Indian journal of veterinary science and animal husbandry - Volume 7,
Year: 1937
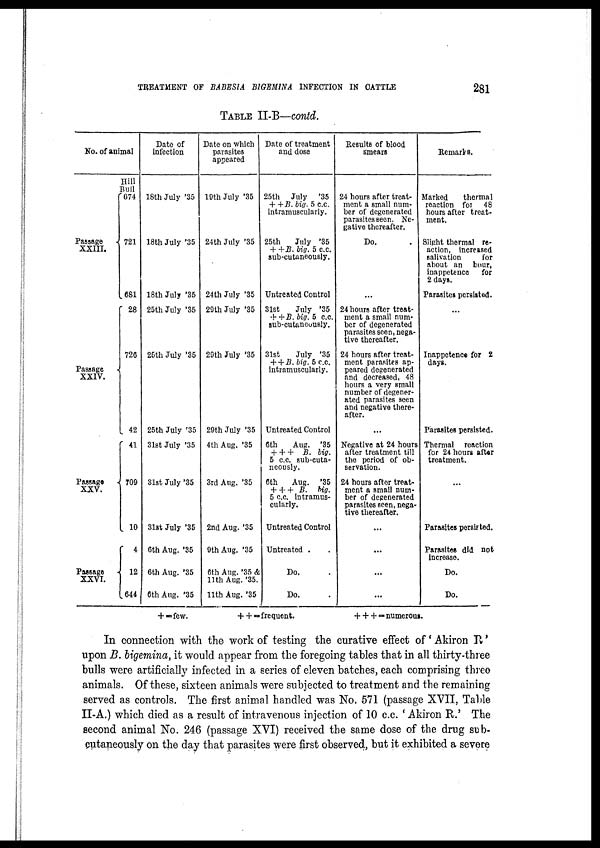
TREATMENT OF BABESIA BIGEMINA INFECTION IN CATTLE
281
TABLE II-B—contd.
No. of animal
Passage
XXIII.
{
Passage
XXIV.
{
Passage
XXV.
{
Passage
XXVI.
{
Hill
Bull
674
721
681
28
726
42
41
709
10
4
12
644
Date of
infection
18th July '35
18th July '35
18th July '35
25th July '35
25th July '35
25th July '35
31st July '35
31st July '35
31st July '35
6th Aug. '35
6th Aug. '35
6th Aug. '35
Date on which
parasites
appeared
19th July '35
24th July '35
24th July '35
29th July '35
29th July '35
29th July '35
4th Aug. '35
3rd Aug. '35
2nd Aug. '35
9th Aug. '35
6th Aug. '35 &
11th Aug. '35.
11th Aug. '35
Date of treatment
and dose
25th July '35
+ + B. big. 5 c.c.
intramuscularly.
25th
July '35
+ + B. big. 5 c.c.
sub-cutaneously.
Untreated Control
31st
July '35
++ B. big. 5 c.c.
sub-cutaneously.
31st
July '35
+ + B. big. 5 c.c.
intramuscularly.
Untreated Control
6th
Aug. '35
+ + + B. big.
5 c.c. sub-cuta-
neously.
6th
Aug. '35
+ + + B. big.
5 c.c. intramus-
cularly.
Untreated Control
Untreated . .
Do. .
Do. .
Results of blood
Smears
24 hours after treat-
ment a small num-
ber of degenerated
parasites seen. Ne-
gative thereafter.
Do. .
...
24 hours after treat-
ment a small num-
ber of degenerated
parasites seen, nega-
tive thereafter.
24 hours after treat-
ment parasites ap-
peared degenerated
and decreased, 48
hours a very small
number of degener-
ated parasites seen
and negative there-
after.
...
Negative at 24 hours
after treatment till
the period of ob-
servation.
24 hours after treat-
ment a small num-
ber of degenerated
parasites seen, nega-
tive thereafter.
...
...
...
...
Remarks.
Marked
thermal
reaction for 48
hours after treat-
ment.
Slight thermal re-
action, increased
salivation
for
about an hour,
inappetence for
2 days.
Parasites persisted.
...
Inappetence for 2
days.
Parasites persisted.
Thermal reaction
for 24 hours after
treatment.
...
Parasites persisted.
Parasites did not
increase.
Do.
Do.
+ = few.
+ + = frequent.
+ + + = numerous.
In connection with the work of testing the curative effect of ' Akiron R'
upon B. bigemina, it would appear from the foregoing tables that in all thirty-three
bulls were artificially infected in a series of eleven batches, each comprising three
animals. Of these, sixteen animals were subjected to treatment and the remaining
served as controls. The first animal handled was No. 571 (passage XVII, Table
II-A.) which died as a result of intravenous injection of 10 c.c. ' Akiron R.' The
second animal No. 246 (passage XVI) received the same dose of the drug sub¬
cutaneously on the day that parasites were first observed, but it exhibited a severe